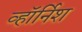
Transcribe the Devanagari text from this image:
व्हॉर्निश